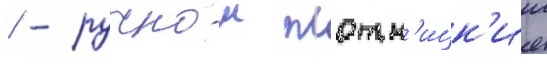
/ - ручнои плотн'ицк'ии